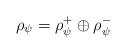
LaTeX: \begin{align*}\rho_{\psi} = \rho_{\psi}^+ \oplus \rho_{\psi}^- \end{align*}